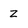
Character: Z